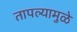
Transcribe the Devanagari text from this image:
तापल्यामुळे